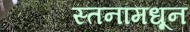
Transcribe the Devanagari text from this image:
स्तनांमधून